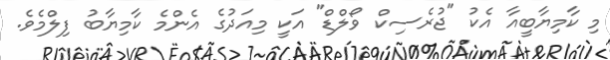
މި ކާމިޔާބީއާ އެކު "ޖުރެސިކް ވޯލްޑް" އަކީ މިއަދުގެ އެންމެ ކާމިޔާބު ފިލްމެވެ.